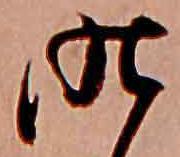
昨